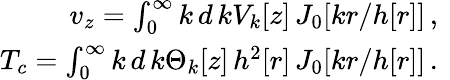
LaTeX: \begin{array}{r}{{v_{z}=\int_{0}^{\infty}k\, d\, {k}V_{k}[z]\, J_{0}[kr/h[r]]}\, ,\ }\\ {T_{c}=\int_{0}^{\infty}k\, d\, {k}\Theta_{k}[z]\, {h^{2}}[r]\, J_{0}[kr/h[r]]\, .\ }\end{array}